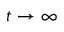
t \rightarrow \infty